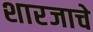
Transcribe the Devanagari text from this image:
शारजाचे